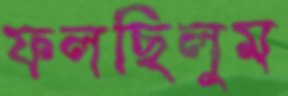
ফলছিলুম